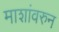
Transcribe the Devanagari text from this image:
माशांवरुन